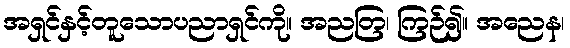
အရှင်နှင့်တူသောပညာရှင်ကို။ အညတြ၊ ကြဉ်၍။ အညေန၊